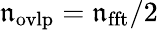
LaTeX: \mathfrak{n}_{\mathrm{{{ovlp}}}}=\mathfrak{n}_{\mathrm{{{fft}}}}/2